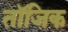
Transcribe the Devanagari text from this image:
तॉजिक